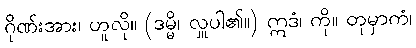
ဂိုဏ်းအား၊ ဟူလို။ (ဒမ္မိ၊ လှူပါ၏။) ဣဒံ၊ ကို။ တုမှာကံ၊